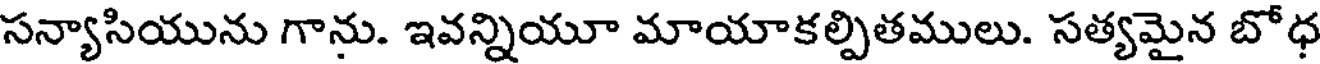
సన్యాసియును గాను. ఇవన్నియూ మాయాకల్పితములు. సత్యమైన బోధ